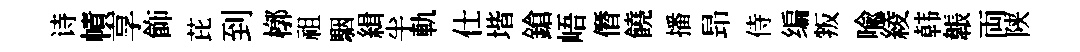
诗幘享飾芘到槨祖駰緝半軌仕堦鎗峿僭饒播昻侍编叛喻綾韩韔両陕